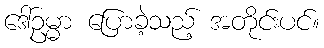
ဒေါ်ဥမ္မာ ပြောခဲ့သည့် အတိုင်းပင်။